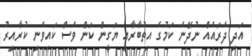
އަދި ދެރައެއް ނުދޭނެ ކަމުގެ އިތުބާރާއި ޔަގީން ކަން ވެސް ކައިވެނި ކުރާއިރު